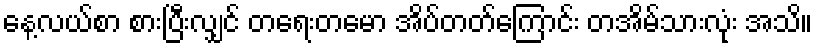
နေ့လယ်စာ စားပြီးလျှင် တရေးတမော အိပ်တတ်ကြောင်း တအိမ်သားလုံး အသိ။